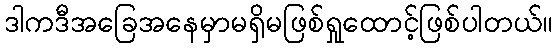
ဒါကဒီအခြေအနေမှာမရှိမဖြစ်ရှုထောင့်ဖြစ်ပါတယ်။